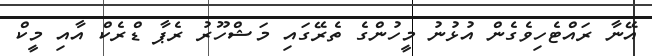
އޭނާ ރައްޓެހިވެގެން އުޅުނު މީހުންގެ ތެރޭގައި މަޝްހޫރު ރެޕާ ޑްރެކް އާއި މީކް